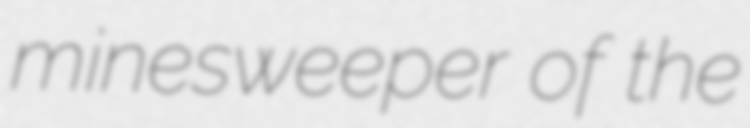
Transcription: minesweeper of the